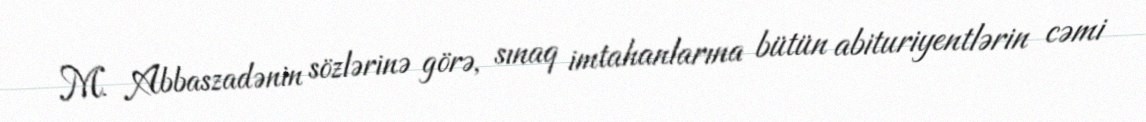
M. Abbaszadənin sözlərinə görə, sınaq imtahanlarına bütün abituriyentlərin cəmi